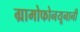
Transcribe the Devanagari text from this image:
ग्रामोफोनयूनानी